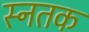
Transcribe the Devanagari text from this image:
स्नतक